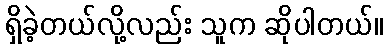
ရှိခဲ့တယ်လို့လည်း သူက ဆိုပါတယ်။